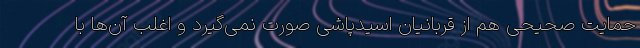
حمایت صحیحی هم از قربانیان اسیدپاشی صورت نمی‌گیرد و اغلب آن‌ها با